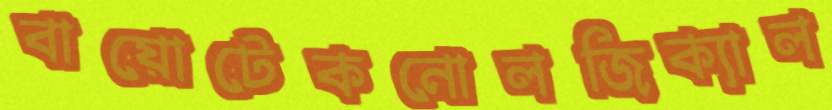
বায়োটেকনোলজিক্যাল